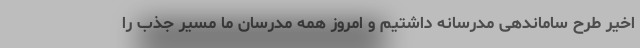
اخیر طرح ساماندهی مدرسانه داشتیم و امروز همه مدرسان ما مسیر جذب را